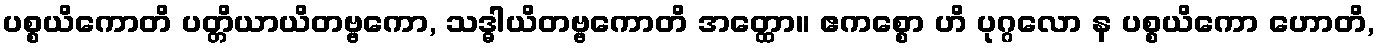
ပစ္စယိကောတိ ပတ္တိယာယိတဗ္ဗကော, သဒ္ဓါယိတဗ္ဗကောတိ အတ္ထော။ ဧကစ္စော ဟိ ပုဂ္ဂလော န ပစ္စယိကော ဟောတိ,